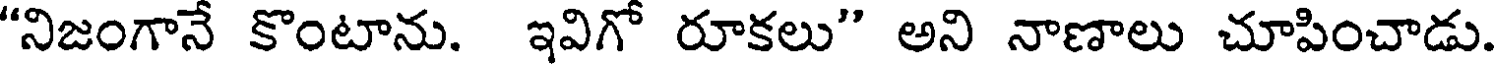
"నిజంగానే కొంటాను. ఇవిగో రూకలు" అని నాణాలు చూపించాడు.